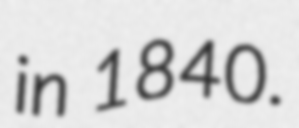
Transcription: in 1840.